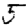
Digit: 5